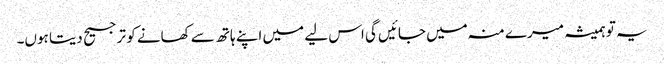
یہ تو ہمیشہ میرے منہ میں جائیں گی اس لیے میں اپنے ہاتھ سے کھانے کو ترجیح دیتا ہوں۔